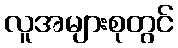
လူအများစုတွင်